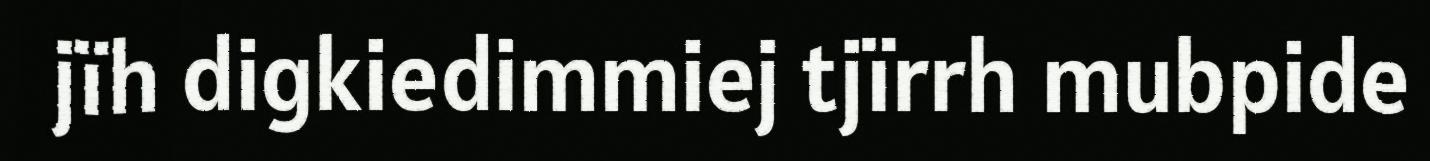
jïh digkiedimmiej tjïrrh mubpide